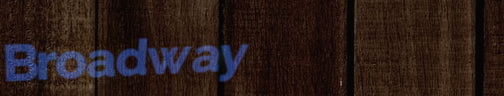
Broadway